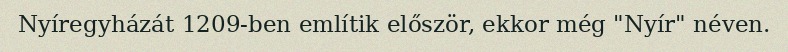
Nyíregyházát 1209-ben említik először, ekkor még "Nyír" néven.